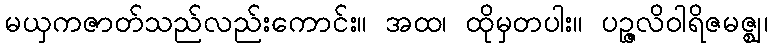
မယှကဇာတ်သည်လည်းကောင်း။ အထ၊ ထိုမှတပါး။ ပဉ္ဇလိဝါရိဇမဇ္ဈ၊